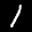
Label: 1